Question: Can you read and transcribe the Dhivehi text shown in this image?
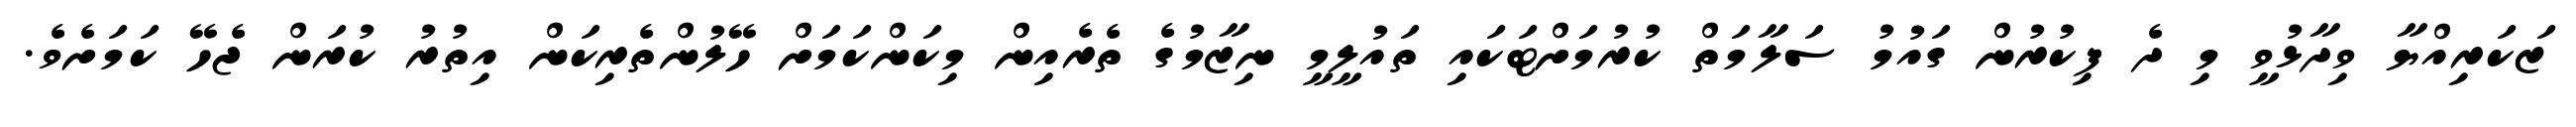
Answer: ޒަކަރިއްޔާ ވިދާޅުވީ މި ދެ ފިކުރުން ގައުމު ސަލާމަތް ކުރުމަށްޓަކައި ތައުލީމީ ނިޒާމުގެ ތެރެއިން މިކަންކަމަށް ހޭލުންތެރިކަން އިތުރު ކުރަން ޖެހޭ ކަމަށެވެ.